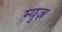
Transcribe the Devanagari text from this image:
म्युज़